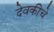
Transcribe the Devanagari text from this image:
देवकीचे